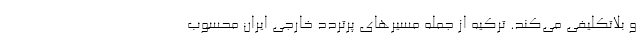
و بلاتکلیفی می‌کند. ترکیه از جمله مسیرهای پرتردد خارجی ایران محسوب